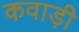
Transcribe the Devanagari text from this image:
कवाड़ी